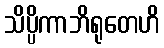
သိပ္ပိကာဘိရုတေဟိ